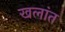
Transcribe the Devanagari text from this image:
खलांत